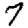
Digit: 7